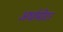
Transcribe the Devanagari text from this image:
अर्धामीटर